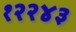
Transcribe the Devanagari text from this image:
१२२४३